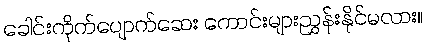
ခေါင်းကိုက်ပျောက်ဆေး ကောင်းများညွှန်းနိုင်မလား။